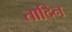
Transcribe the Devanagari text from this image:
तादिन